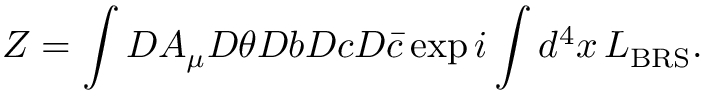
Z = \int { \cal D } A _ { \mu } { \cal D } \theta { \cal D } b { \cal D } c { \cal D } \bar { c } \exp i \int d ^ { 4 } x \, L _ { \mathrm { B R S } } .